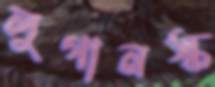
লুগানস্ক